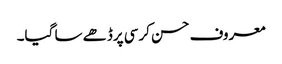
معروف حسن کرسی پرڈھے سا گیا۔